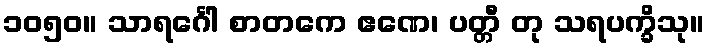
၁၀၅၀။ သာရင်္ဂေါ စာတကေ ဧဏေ၊ ပတ္တီ တု သရပက္ခိသု။